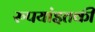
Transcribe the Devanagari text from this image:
रुपयांइतकी